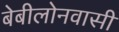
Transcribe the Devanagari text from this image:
बेबीलोनवासी